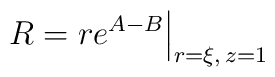
R = r e^{A - B} \Big|_{r = \xi, \, z = 1}